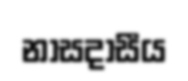
නාසදාසීය